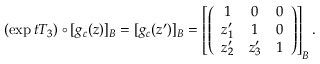
( \exp t T _ { 3 } ) \circ [ g _ { c } ( z ) ] _ { B } = [ g _ { c } ( z ^ { \prime } ) ] _ { B } = \left[ \left( \begin{array} { c c c } { { 1 } } & { { 0 } } & { { 0 } } \\ { { z _ { 1 } ^ { \prime } } } & { { 1 } } & { { 0 } } \\ { { z _ { 2 } ^ { \prime } } } & { { z _ { 3 } ^ { \prime } } } & { { 1 } } \end{array} \right) \right] _ { B } .